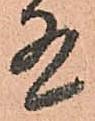
有